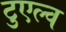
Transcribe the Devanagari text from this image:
टुएल्व